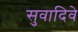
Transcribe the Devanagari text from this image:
सुवादिवे